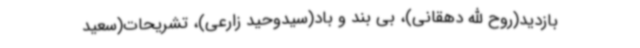
بازدید(روح الله دهقانی)، بی بند و باد(سیدوحید زارعی)، تشریحات(سعید